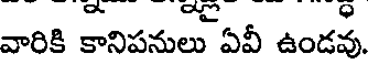
వారికి కానిపనులు ఏవీ ఉండవు.